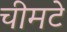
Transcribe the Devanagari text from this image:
चीमटे